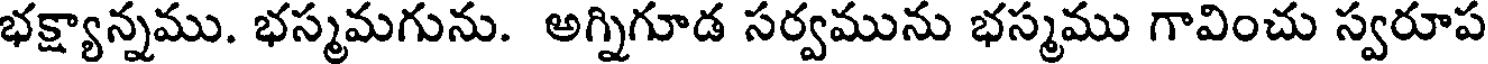
భక్ష్యాన్నము. భస్మమగును. అగ్నిగూడ సర్వమును భస్మము గావించు స్వరూప